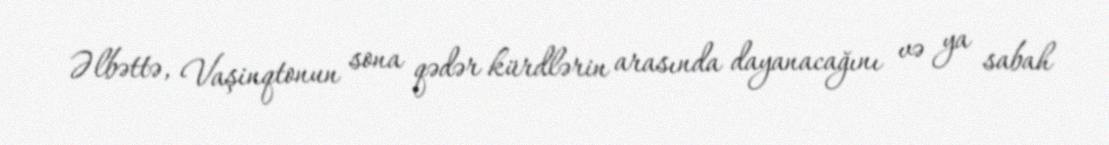
Əlbəttə, Vaşinqtonun sona qədər kürdlərin arasında dayanacağını və ya sabah